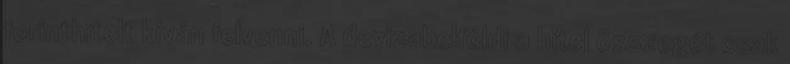
forinthitelt kíván felvenni. A devizabelföldi a hitel összegét csak